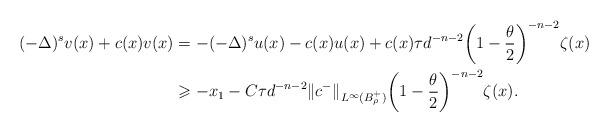
LaTeX: \begin{align*}(-\Delta)^s v(x) +c(x)v(x) &= -(-\Delta)^s u(x) - c(x) u(x) +c(x) \tau d^{-n-2} \bigg (1- \frac \theta 2 \bigg )^{-n-2}\zeta (x)\\&\geqslant -x_1 -C \tau d^{-n-2} \|c^-\|_{L^\infty(B_\rho^+)} \bigg (1- \frac \theta 2 \bigg )^{-n-2}\zeta (x).\end{align*}